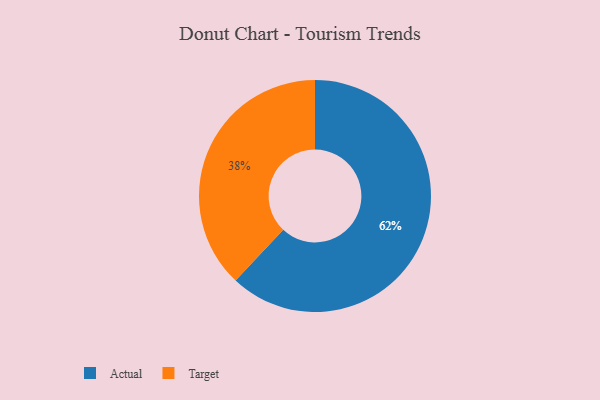
{"axis": {"x": "Category", "y": "Percentage"}, "legend": ["Actual", "Target"], "data": [{"x": "Target", "y": 38, "type": "Target"}, {"x": "Actual", "y": 62, "type": "Actual"}]}